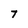
Character: 7